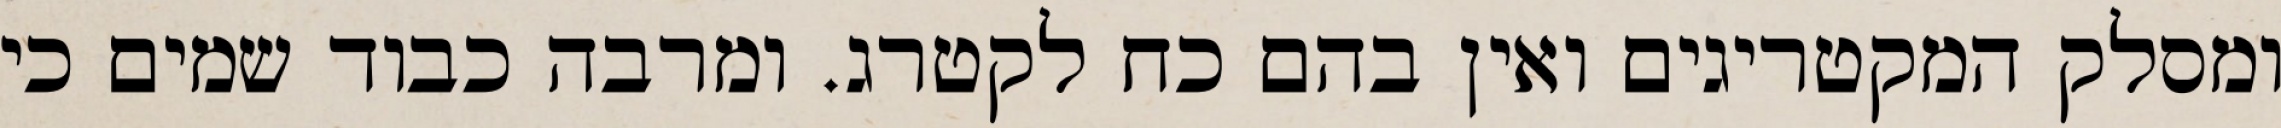
ומסלק המקטריגים ואין בהם כח לקטרג. ומרבה כבוד שמים כי